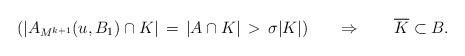
LaTeX: \begin{align*}\left(|A_{M^{k+1}}(u,B_{1})\cap K|\,=\,|A\cap K|\,>\,\sigma |K|\right)\;\;\;\;\;\;\Rightarrow\;\;\;\;\;\;\;\overline{K}\subset B.\end{align*}